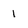
Character: 1